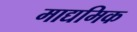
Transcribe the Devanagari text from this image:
माद्यमिक